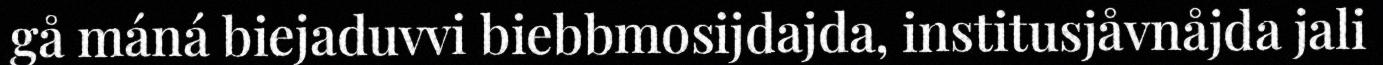
gå máná biejaduvvi biebbmosijdajda, institusjåvnåjda jali